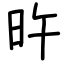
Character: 旿